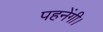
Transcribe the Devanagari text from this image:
पहनेंगी।